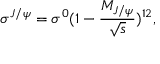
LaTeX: \sigma ^ { J / \psi } = \sigma ^ { 0 } ( 1 - \frac { M _ { J / \psi } } { \sqrt { s } } ) ^ { 1 2 } ,